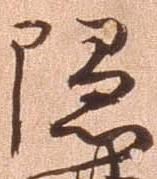
陰